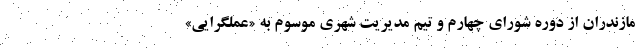
مازندران از دوره شورای چهارم و تیم مدیریت شهری موسوم به «عملگرایی»